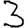
Digit: 3